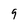
Character: 9